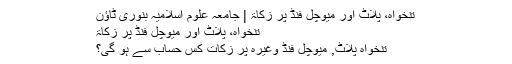
تنخواہ، پلاٹ اور میوچل فنڈ پر زکاۃ | جامعہ علوم اسلامیہ بنوری ٹاؤن
تنخواہ، پلاٹ اور میوچل فنڈ پر زکاۃ
تنخواہ پلاٹ, میوچل فنڈ وغیرہ پر زکات کس حساب سے ہو گی؟